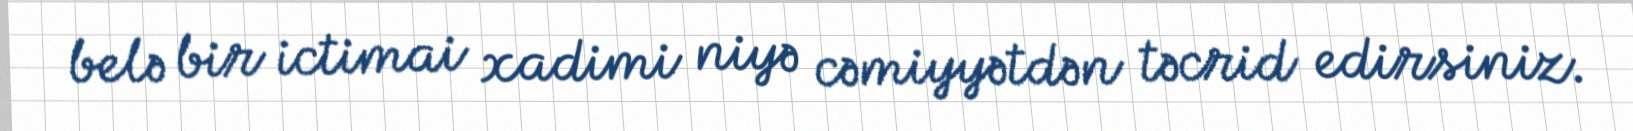
belə bir ictimai xadimi niyə cəmiyyətdən təcrid edirsiniz.